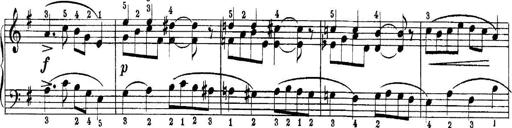
Title: Quatres sonatines
Composer: Tadeusz Joteyko